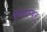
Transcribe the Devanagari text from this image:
भिसम्बर